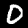
Label: 0